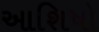
આશિષો